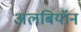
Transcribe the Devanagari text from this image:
अलबियॉन